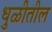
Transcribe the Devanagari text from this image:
धुळीतील